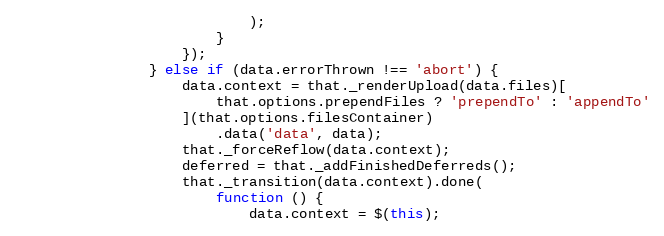
Language: JavaScript
                            );
                        }
                    });
                } else if (data.errorThrown !== 'abort') {
                    data.context = that._renderUpload(data.files)[
                        that.options.prependFiles ? 'prependTo' : 'appendTo'
                    ](that.options.filesContainer)
                        .data('data', data);
                    that._forceReflow(data.context);
                    deferred = that._addFinishedDeferreds();
                    that._transition(data.context).done(
                        function () {
                            data.context = $(this);